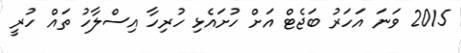
2015 ވަނަ އަހަރު ބަޖެޓް އަށް ހުށައެޅި ހުރިހާ އިސްލާހު ތައް ހުރީ